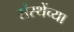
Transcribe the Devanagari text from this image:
संस्थेंच्या